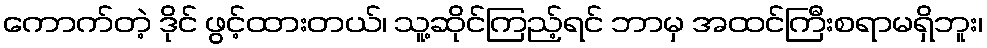
ကောက်တဲ့ ဒိုင် ဖွင့်ထားတယ်၊ သူ့ဆိုင်ကြည့်ရင် ဘာမှ အထင်ကြီးစရာမရှိဘူး၊